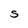
Character: S